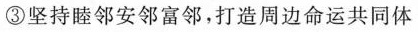
③坚持睦邻安邻富邻，打造周边命运共同体